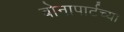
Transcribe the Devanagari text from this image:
बोनापार्टच्या